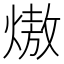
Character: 𭵶